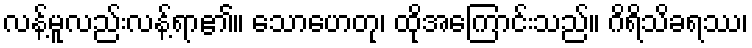
လန့်မူလည်းလန့်ရာ၏။ သောဟေတု၊ ထိုအကြောင်းသည်။ ဂိရိသိခရဿ၊